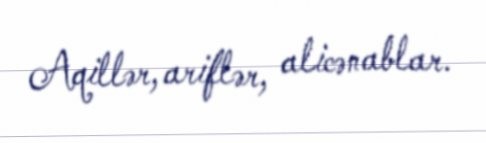
Aqillər, ariflər, alicənablar.